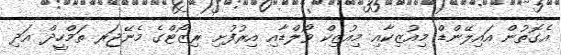
އެގޮތުން އައިލޭންޑް މިއުޒިކާއި މިއުޒިކް ވޯލްޑާއި އިރުފުށި ރިޒޯޓްގެ މެނޭޖަރ ތަމްހީދް އަދި